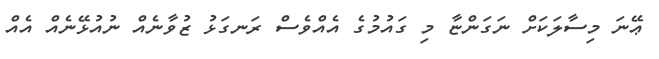
ޢޭނަ މިސާލަކަށް ނަގަންޏާ މި ގައުމުގެ އެއްވެސް ރަނގަޅު ޒުވާނެއް ނުއުޅޭނެއް އެއް